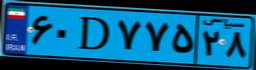
۶۰D۷۷۵۲۸